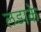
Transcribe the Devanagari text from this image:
लडाके